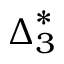
{ \boldsymbol { \Delta } } _ { 3 } ^ { * }